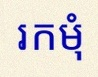
រកមុំ